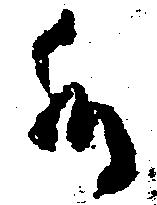
候